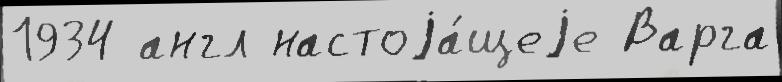
1934 англ настоjа́щеjе Варга